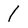
Character: 1